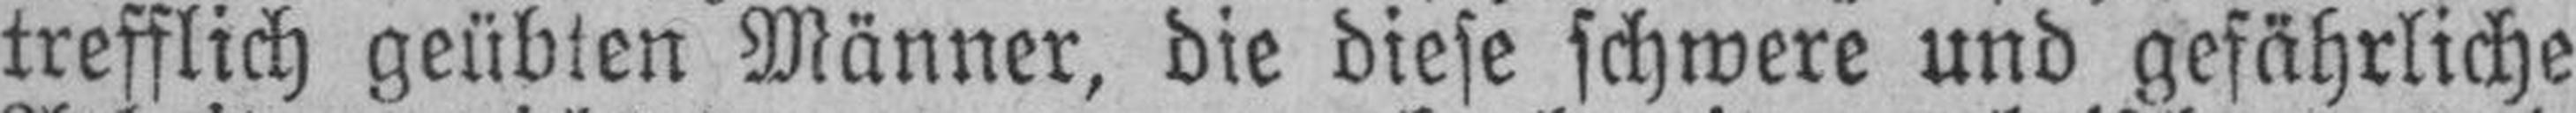
trefflich geübten Männer, die diese schwere und gefährliche